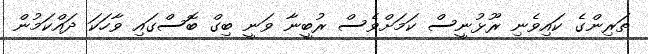
ތަރިންގެ ކައިވެނި ރޫޅުނީސް ކަމަށްވެސް ރުބީނާ ވަނީ ބިގް ބޮސްގައި ވާހަކަ ދައްކަމުން